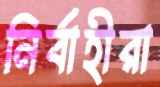
নির্বাহীরা